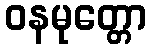
ဝနမုတ္တော